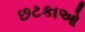
છટકાઓ